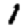
Digit: 1